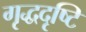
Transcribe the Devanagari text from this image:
गृद्धदृष्टि